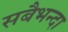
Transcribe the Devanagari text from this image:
सबैभन्दा